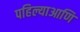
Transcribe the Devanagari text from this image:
पहिल्याआणि